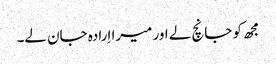
مجھ کو جانچ لے اور میرا اِرادہ جان لے۔